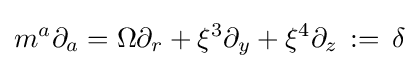
m^{a}\partial _{a}=\Omega \partial _{r}+\xi ^{3}\partial _{y}+\xi ^{4}\partial _{z}\,:=\,\delta